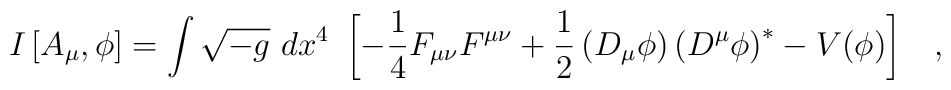
I\left[A_{\mu},\phi\right] = \int{\sqrt{-g}~dx^4~ \left[-{1 \over 4} F_{\mu \nu} F^{\mu \nu} + { 1\over 2}\left(D_{\mu} \phi \right) \left(D^{\mu} \phi \right)^{*}- V(\phi) \right]}~~~,